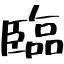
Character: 臨